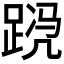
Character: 𬦴